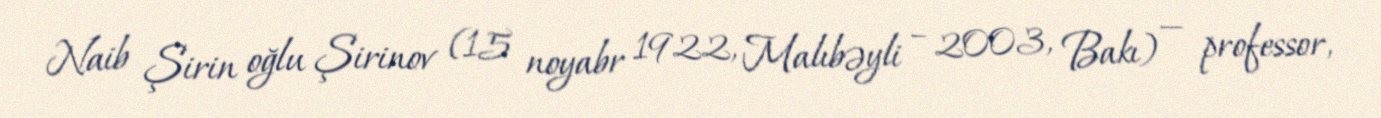
Naib Şirin oğlu Şirinov (15 noyabr 1922, Malıbəyli – 2003, Bakı) — professor,